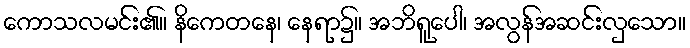
ကောသလမင်း၏။ နိကေတနေ၊ နေရာ၌။ အဘိရူပေါ၊ အလွန်အဆင်းလှသော။